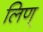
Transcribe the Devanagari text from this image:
लिण्